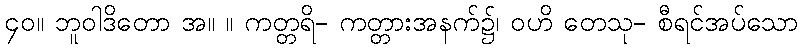
၄၀။ ဘူဝါဒိတော အ။ ။ ကတ္တရိ- ကတ္တားအနက်၌၊ ဝဟိ တေသု- စီရင်အပ်သော